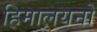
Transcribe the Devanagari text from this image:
हिमालयनो